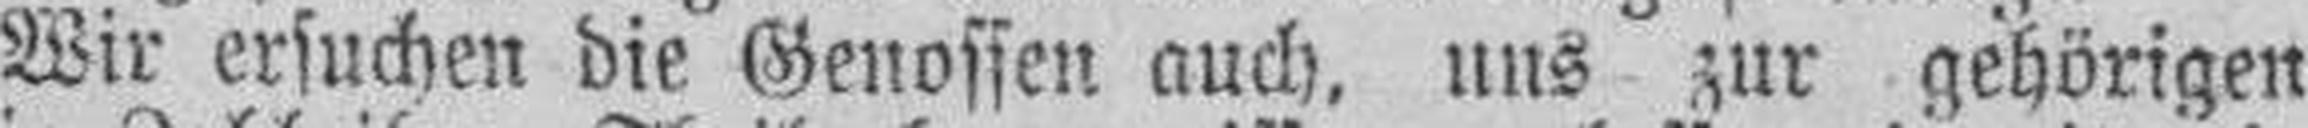
Wir ersuchen die Genossen auch, uns zur gehörigen